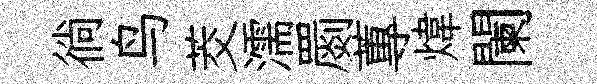
徜鸟茭濡罽蓴煒闌